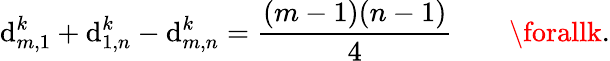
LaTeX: \mathrm{d}_{m,1}^{k}+\mathrm{d}_{1,n}^{k}-\mathrm{d}_{m,n}^{k}=\frac{{(m-1)(n-1)}}{{4}}\qquad\forallk.